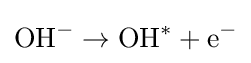
\mathrm {OH} ^{-}\rightarrow \mathrm {OH} ^{*}+\mathrm {e} ^{-}